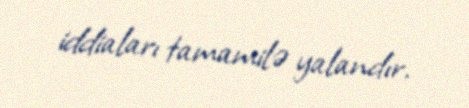
iddiaları tamamilə yalandır.